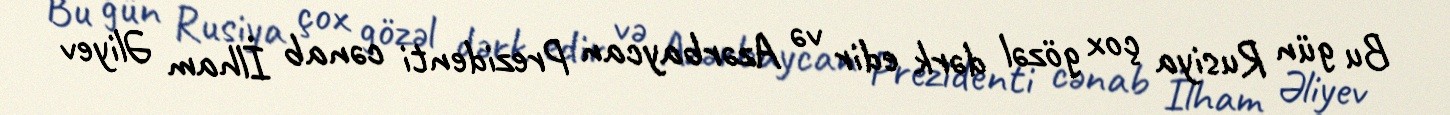
Bu gün Rusiya çox gözəl dərk edir və Azərbaycan Prezidenti cənab İlham Əliyev